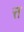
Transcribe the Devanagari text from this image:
त्त